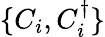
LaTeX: \{ C_{i},C_{i}^{\dagger}\}